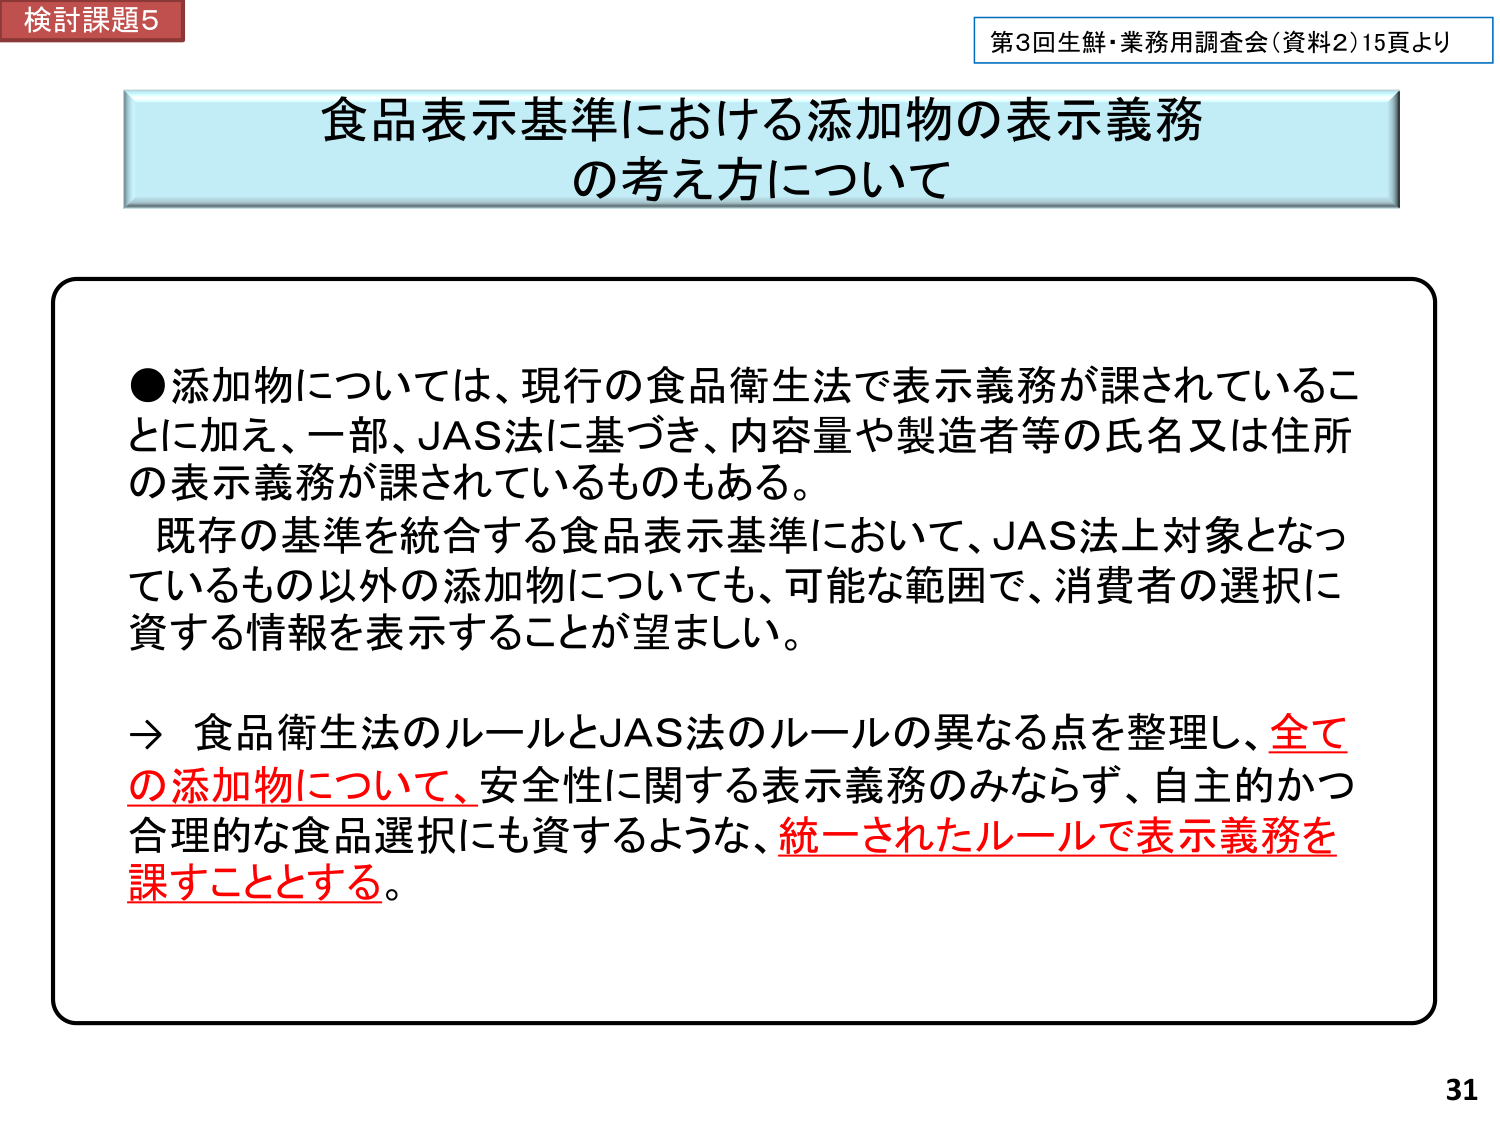
検討課題5
第3回生鮮・業務用調査会（資料2）15頁より

食品表示基準における添加物の表示義務
の考え方について

●添加物については、現行の食品衛生法で表示義務が課されていること
に加え、一部、JAS法に基づき、内容量や製造者等の氏名又は住所
の表示義務が課されているものもある。
既存の基準を統合する食品表示基準において、JAS法上対象となっ
ているもの以外の添加物についても、可能な範囲で、消費者の選択に
資する情報を表示することが望ましい。

→ 食品衛生法のルールとJAS法のルールの異なる点を整理し、全て
の添加物について、安全性に関する表示義務のみならず、自主的かつ
合理的な食品選択にも資するような、統一されたルールで表示義務を
課すこととする。

31